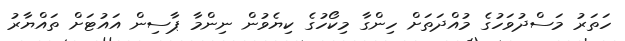
ހަތަރު މަސްދުވަހުގެ މުއްދަތަށް ހިންގާ މިކޯހުގެ ކިޔެވުން ނިންމާ ޕާސިން އައުޓަށް ތައްޔާރު